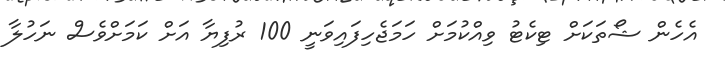
އެހެން ޝޯތަކަށް ޓިކެޓު ވިއްކުމަށް ހަމަޖެހިފައިވަނީ 100 ރުފިޔާ އަށް ކަމަށްވެސް ނަހުލާ